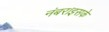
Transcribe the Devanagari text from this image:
नंबर।इसके